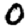
Digit: 0